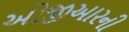
ઓજીઆરની